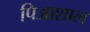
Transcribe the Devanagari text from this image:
पिआशाल